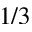
1 / 3